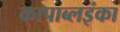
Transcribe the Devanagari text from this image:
कापाब्लइंका